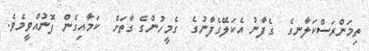
ތިމަންރަސްކަލާނގެ  ގެފާނު އެކަލޭގެފާނުގެ  ގެމީހުންގެ ގާތަށް  ކަމާއިގެން ފޮނުއްވީމެވެ.